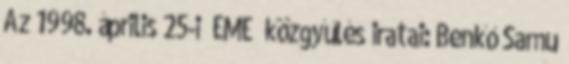
Az 1998. április 25-i EME közgyűlés iratai: Benkő Samu